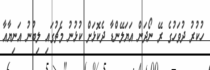
ހުކުރު ދުވަހުގެ ރޭ ނޯދަން އަޔަލޭންޑާ ދެކޮޅަށް ކުޅުނު މެޗުގައި ލިބުނު އަނިޔާއާ